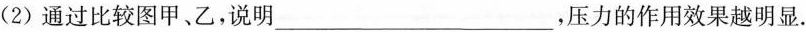
(2) 通过比较图甲、乙，说明___，压力的作用效果越明显.